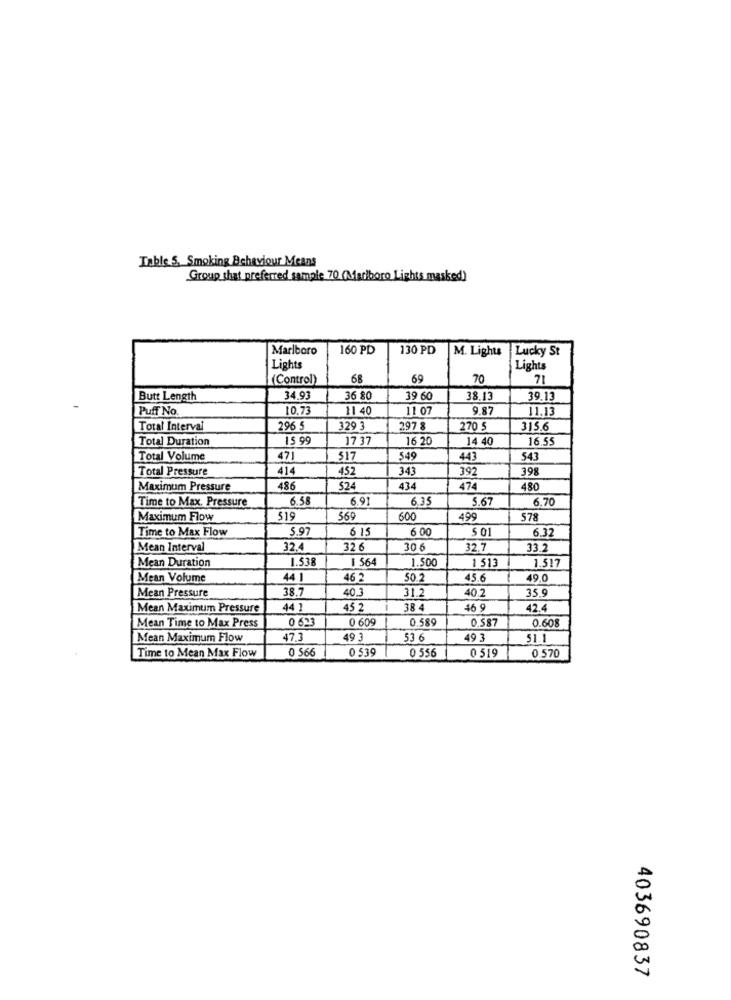
Table 5. Smoking Behaviour Means
Group that preferred sample 70 (Marlboro Lights masked)
Marlboro
160 PD
130 PD
M. Lights
Lucky St
Lights
Lights
(Control)
68
69
70
71
Butt Length
34.93
36 80
39 60
38.13
39.13
Puff No.
10.73
11 40
11 07
9.87
11.13
Total Interval
296 5
329 3
297 8
270 5
315.6
Total Duration
15 99
17 37
16 20
14 40
16.55
Total Volume
471
517
549
443
543
Total Pressure
414
452
343
392
398
Maximum Pressure
486
$24
434
474
480
Time to Max. Pressure
6.55
6.91
6.35
5.67
6.70
Maximum Flow
519
569
600
499
578
Time to Max Flow
5.97
6 15
6 00
$ 01
6.32
Mean Interval
32.4
32 6
30 6
32.7
33.2
Mean Duration
1.538
1 564
1.500
1 513
1.517
Mean Volume
44 1
46 2
50.2
45.6
49.0
38.7
40.3
31.2
40.2
35.9
Mean Pressure
Mean Maximum Pressure
44 1
45 2
16 9
42.4
Mean Time to Max Press
0 633
0 609
0.589
0.587
0.608
Mean Maximum Flow
47.3
19 3
53 6
49 3
51.1
Time to Mean Max Flow
0 566
0 539
0 556
0 519
0.570
403690837